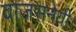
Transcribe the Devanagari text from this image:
वाजसनेयी।